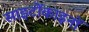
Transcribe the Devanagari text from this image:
साइटोंकाइनों